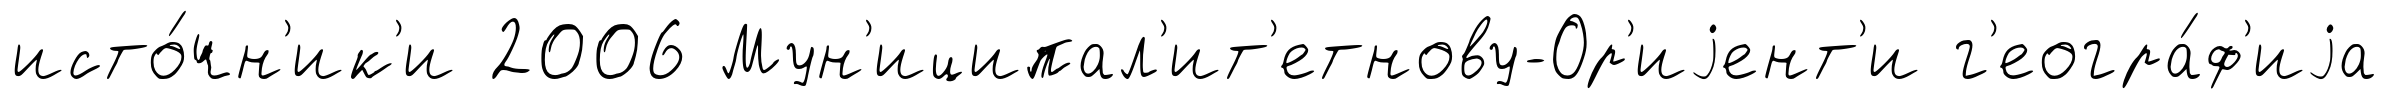
исто́чн'ик'и 2006 Мун'иципал'ит'етнову-Ор'иjент'и г'еогра́ф'иjа